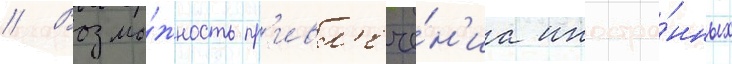
// Возмо́жность пр'ивл'ече́н'иа иностра́нных